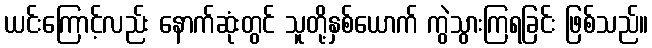
ယင်းကြောင့်လည်း နောက်ဆုံးတွင် သူတို့နှစ်ယောက် ကွဲသွားကြရခြင်း ဖြစ်သည်။